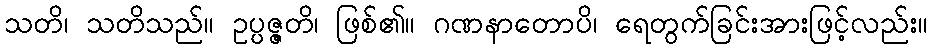
သတိ၊ သတိသည်။ ဥပ္ပဇ္ဇတိ၊ ဖြစ်၏။ ဂဏနာတောပိ၊ ရေတွက်ခြင်းအားဖြင့်လည်း။